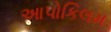
આપોકિલમ